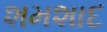
શમશાદ